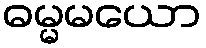
ဓမ္မမယော